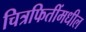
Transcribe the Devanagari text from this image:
चित्रफितींमधील